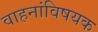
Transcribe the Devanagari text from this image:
वाहनांविषयक